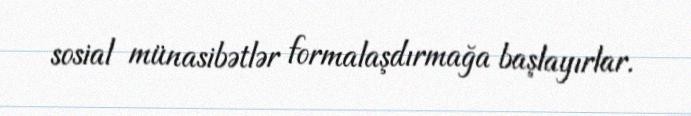
sosial münasibətlər formalaşdırmağa başlayırlar.